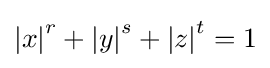
\left|x\right|^{r}+\left|y\right|^{s}+\left|z\right|^{t}=1